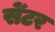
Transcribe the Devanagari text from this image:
सेँटर